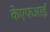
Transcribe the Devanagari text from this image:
केएफआई